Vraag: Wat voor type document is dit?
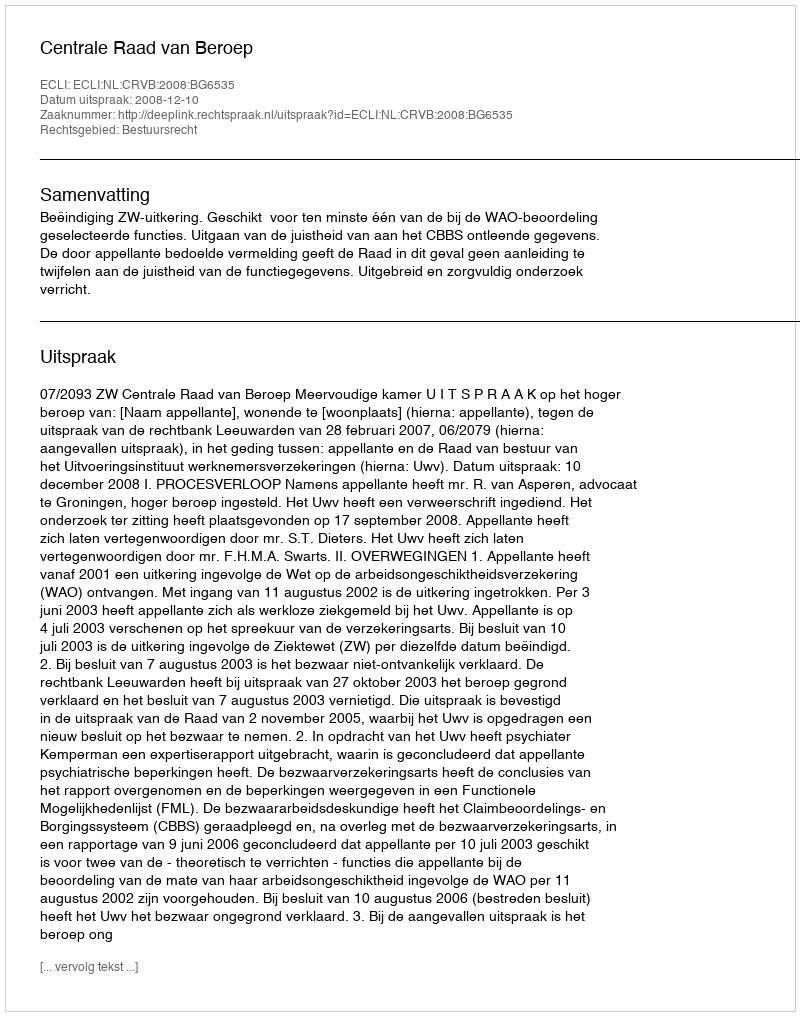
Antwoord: Uitspraak